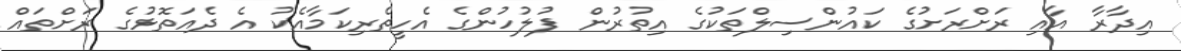
އިދާރާ އާއި ރަށްރަށުގެ ކައުންސިލްތަކުގެ އިތުރުން ފުލުހުންގެ އެހީތެރިކަމާއެކު އެ ދެއަތޮޅުގެ ރަށްތައް